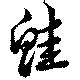
鮭